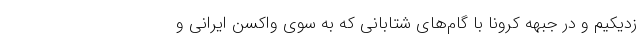
زدیکیم و در جبهه کرونا با گام‌های شتابانی که به سوی واکسن ایرانی و